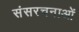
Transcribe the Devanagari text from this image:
संसरचनाओं